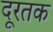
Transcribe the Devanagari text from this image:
दूरतक